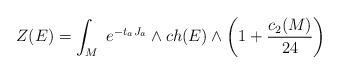
LaTeX: \begin{align*}Z(E) = \int_M \ e^{-t_a J_a}\wedge ch(E)\wedge \left(1 + {{c_2(M)}\over{24}} \right)\end{align*}